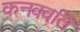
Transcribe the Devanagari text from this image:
कनक्वति